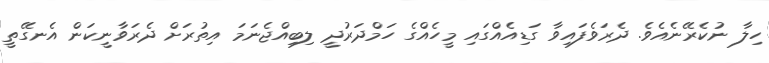
ހިލާ ނުކެރޭނެއެވެ. ދެރަވެފައިވާ ގަޑިއެއްގައި މީހެއްގެ ހަމްދަރުދީ ލިބިއްޖެނަމަ އިތުރަށް ދެރަވާނީކަން އެނގޭތީ